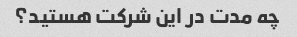
چه مدت در این شرکت هستید؟